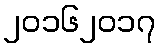
၂၀၁၆၂၀၁၇